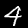
Label: 4